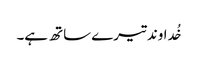
خُداوند تیرے ساتھ ہے۔